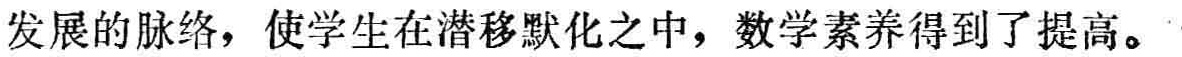
发展的脉络，使学生在潜移默化之中，数学素养得到了提高。